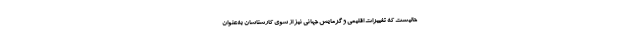
حالیست که تغییرات اقلیمی و گرمایش جهانی نیز از سوی کارشناسان به‌عنوان